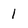
Character: I